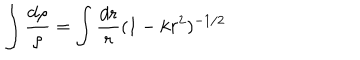
\int \frac { d \rho } { \rho } = \int \frac { d r } { r } ( 1 - k r ^ { 2 } ) ^ { - 1 / 2 }